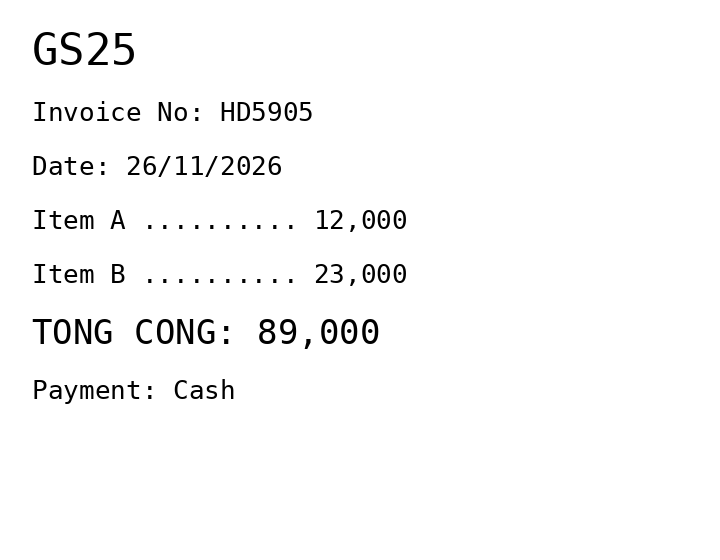
GS25
Invoice No: HD5905
Date: 26/11/2026
Item A .......... 12,000
Item B .......... 23,000
TONG CONG: 89,000
Payment: Cash
Merchant: gs25
Date: 2026-11-26
Total: 89000
Invoice No: HD5905
Payment method: CASH